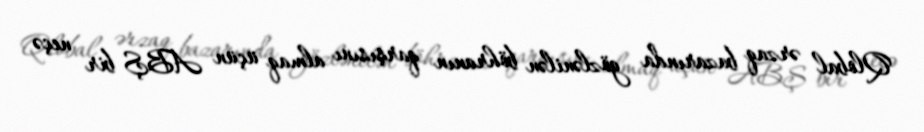
Qlobal ərzaq bazarında gözlənilən böhranın qarşısını almaq üçün ABŞ bir neçə